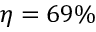
\eta = 6 9 \%